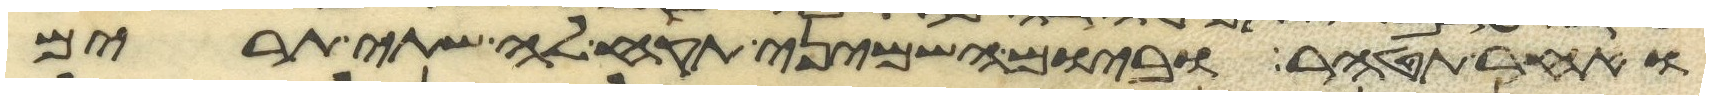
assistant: ואחר תטהר וביום השמיני תקח לה שתי תרים